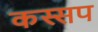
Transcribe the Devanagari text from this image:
कस्सप